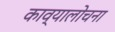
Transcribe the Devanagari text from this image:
काव्यालोचना